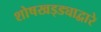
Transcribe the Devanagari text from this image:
शोषखड्ड्याद्वारे